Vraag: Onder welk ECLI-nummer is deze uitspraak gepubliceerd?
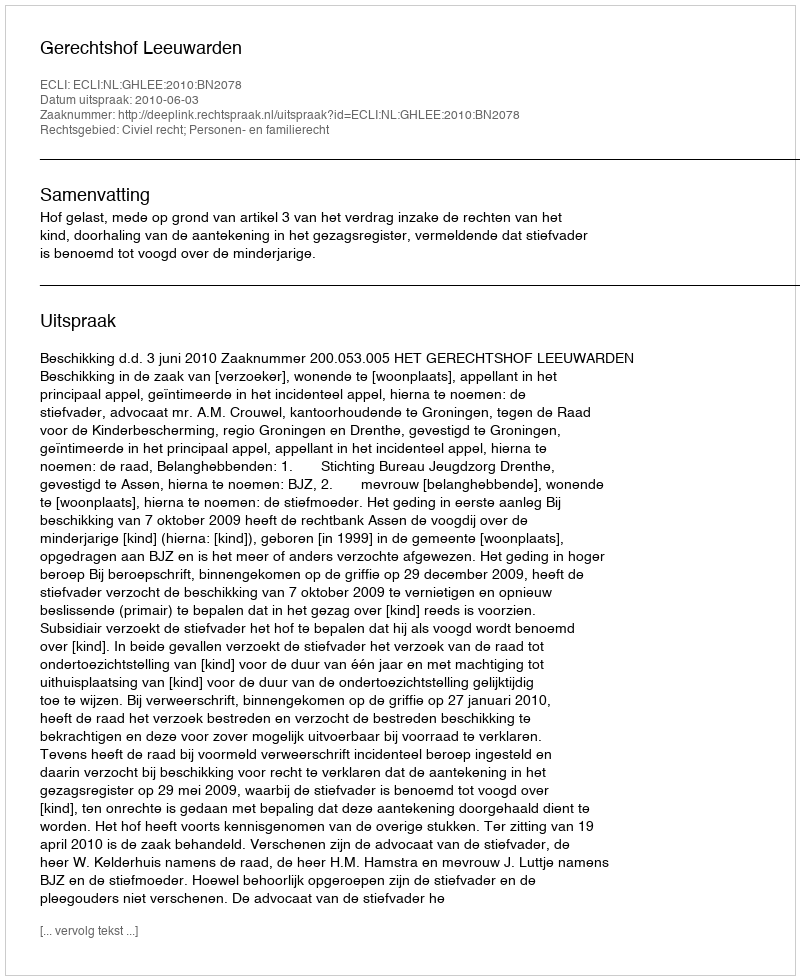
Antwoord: ECLI:NL:GHLEE:2010:BN2078